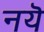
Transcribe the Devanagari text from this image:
नयॆ